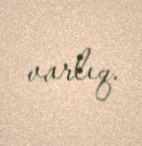
varlıq.